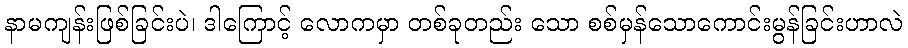
နာမကျန်းဖြစ်ခြင်းပဲ၊ ဒါကြောင့် လောကမှာ တစ်ခုတည်း သော စစ်မှန်သောကောင်းမွန်ခြင်းဟာလဲ